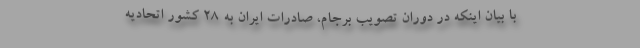
با بیان اینکه در دوران تصویب برجام، صادرات ایران به ۲۸ کشور اتحادیه